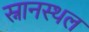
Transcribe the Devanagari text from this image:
स्नानस्थल